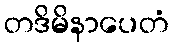
တဒိမိနာပေတံ